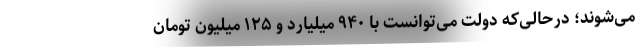
می‌شوند؛ درحالی‌که دولت می‌توانست با ۹۴۰ میلیارد و ۱۲۵ میلیون تومان